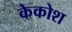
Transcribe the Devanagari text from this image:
केकोश